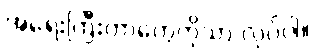
အရေးကြီးတာတွေကိုသာ လုပ်ပါ။